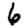
Digit: 6